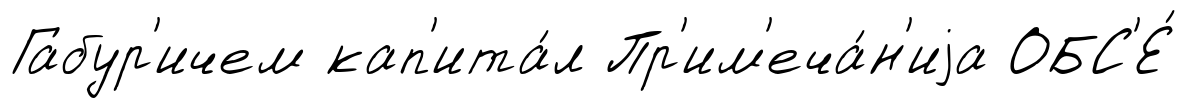
Габур'ичем кап'ита́л Пр'им'еча́н'иjа ОБС'Е́